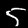
Digit: 5